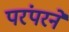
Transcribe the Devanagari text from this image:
परंपरने